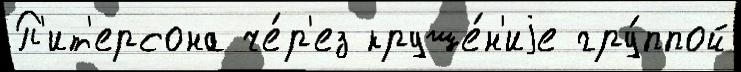
П'ит'ерсона че́р'ез круше́н'иjе гру́ппой